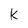
Character: k